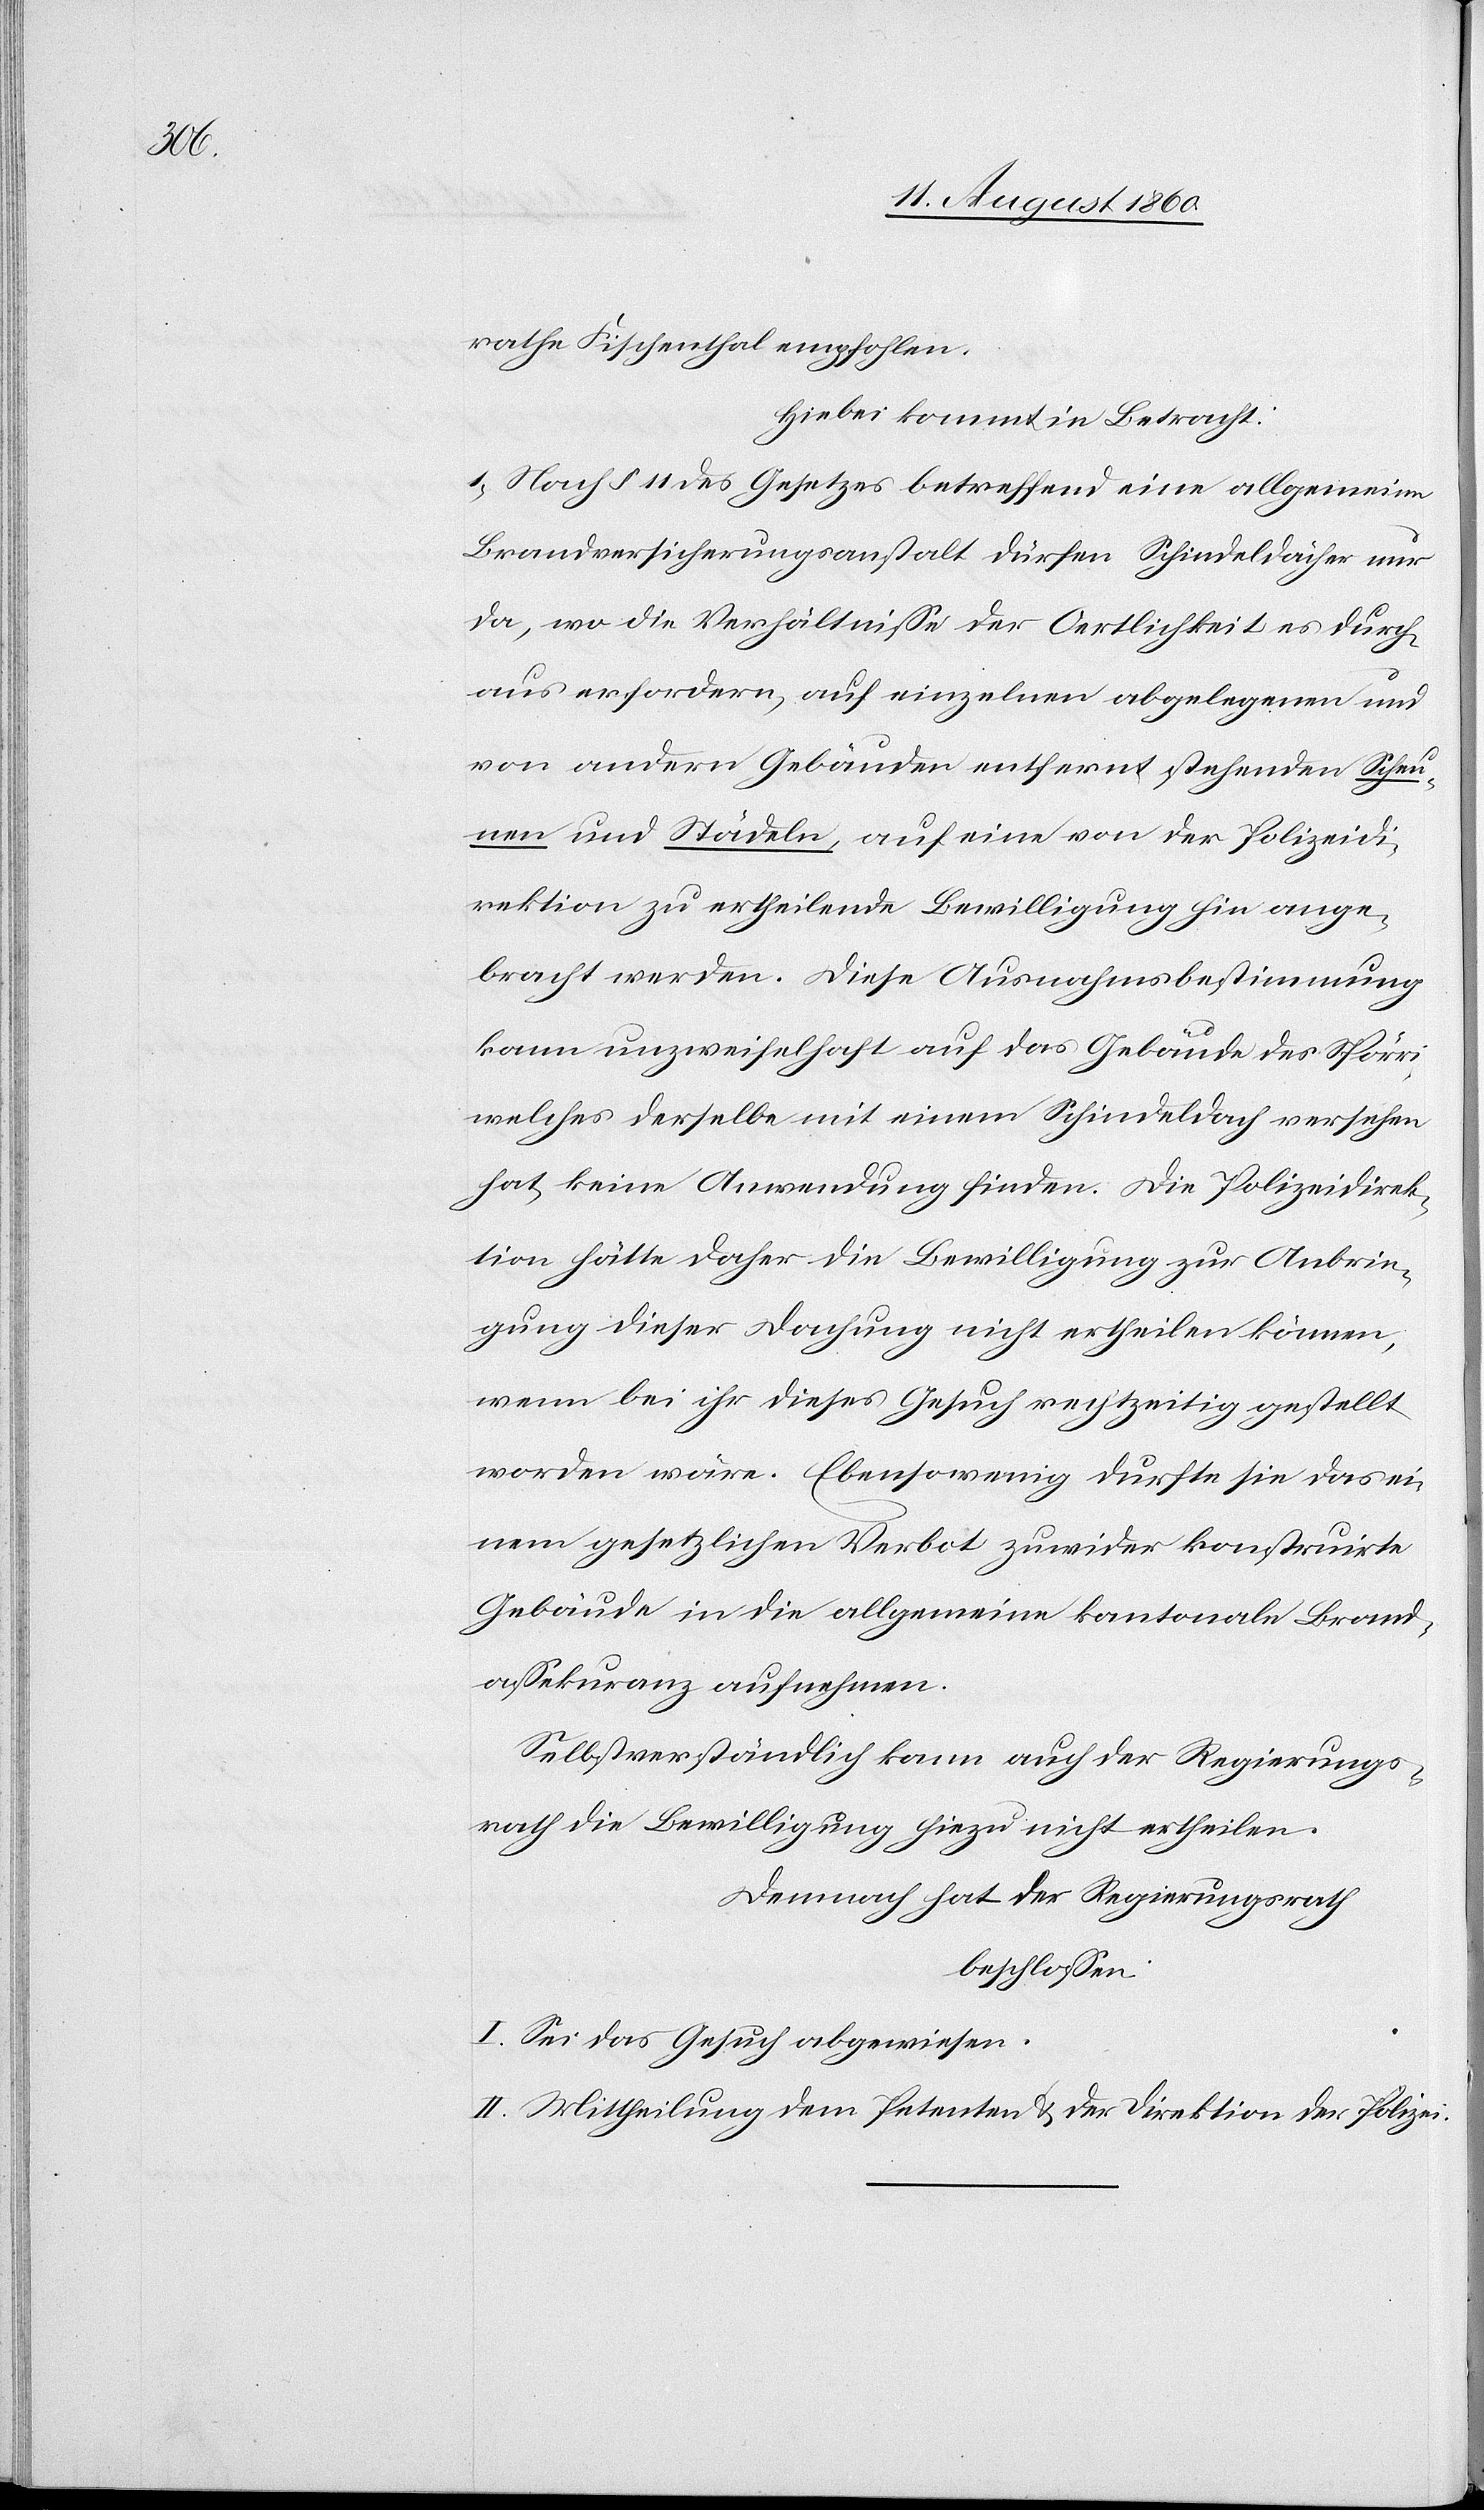
rath Fischenthal empfohlen.
Hiebei kommt in Betracht:
1. Nach §. 11 des Gesetzes betreffend eine allgemeine
Brandversicherungsanstalt dürfen Schindeldächer nur
da, wo die Verhältnisse der Oertlichkeit es durch¬
aus erfordern, auf einzelnen abgelegenen und
von andern Gebäuden entfernt stehenden Scheu¬
nen u. Städeln, auf eine von der Polizeidi¬
rektion zu ertheilende Bewilligung hin ange¬
bracht werden. Diese Ausnahmsbestimmung
kann unzweifelhaft auf das Gebäude des Spörri
welches derselbe mit einem Schindeldach versehen
hat, keine Anwendung finden. Die Polizeidirek¬
tion hätte daher die Bewilligung zur Anbrin¬
gung dieser Dachung nicht ertheilen können,
wenn bei ihr dieses Gesuch rechtzeitig gestellt
worden wäre. Ebenso wenig dürfte sie das ei¬
nem gesetzlichen Verbot zu wider konstruirte
Gebäude in die allgemeine kantonale Brand¬
assekuranz aufnehmen.
Selbstverständlich kann auch der Regierungs¬
rath die Bewilligung hiezu nicht ertheilen.
Demnach hat der Regierungsrath
beschlossen:
I. Sei das Gesuch abgewiesen.
II. Mittheilung dem Petenten u. der Direktion der Polizei.